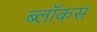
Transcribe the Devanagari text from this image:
ब्लॉकस